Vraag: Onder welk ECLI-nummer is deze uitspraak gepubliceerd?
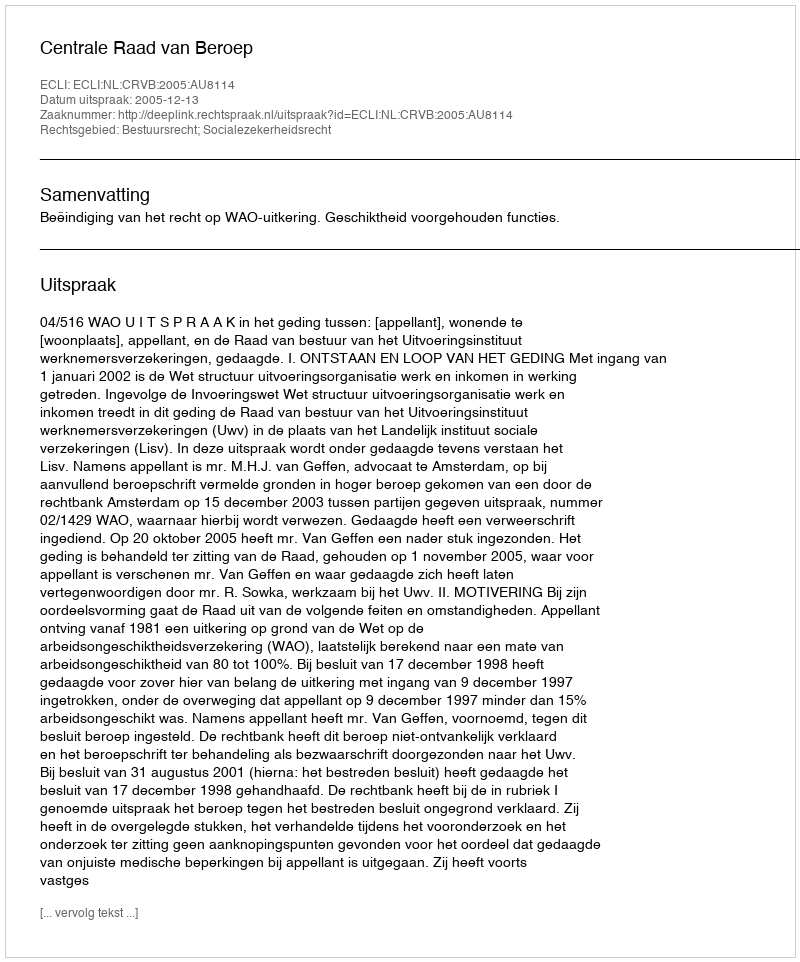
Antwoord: ECLI:NL:CRVB:2005:AU8114